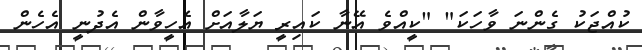
ކުއްޖަކު ގެންނަ ވާހަކަ" "ކީއްވެ އޭނާ ކައިރީ ޔަލާއަށް އެހީވާން އެދުނީ އެހެން